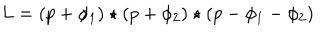
L = ( p + \phi _ { 1 } ) \star ( p + \phi _ { 2 } ) \star ( p - \phi _ { 1 } - \phi _ { 2 } )